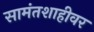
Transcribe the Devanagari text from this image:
सामंतशाहीवर